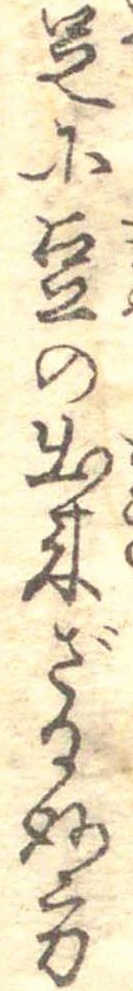
足に豆の出来ざる妙方